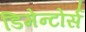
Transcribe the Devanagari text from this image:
डिमेन्टोर्स